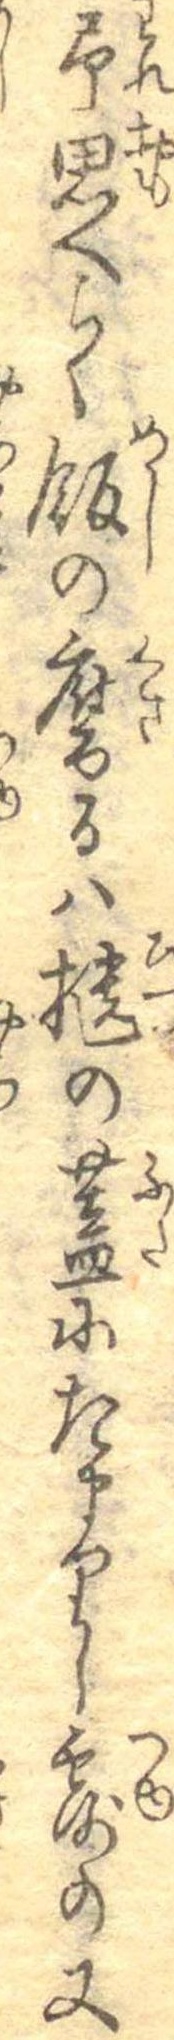
予思へらく飯の腐るは櫃の蓋にたまりし露の又